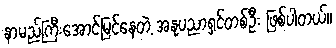
နာမည်ကြီးအောင်မြင်နေတဲ့ အနုပညာရှင်တစ်ဦး ဖြစ်ပါတယ်။